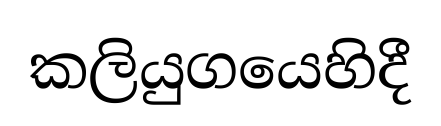
කලියුගයෙහිදී